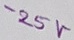
Text: -25V